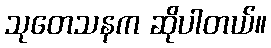
သုတေသနက ဆိုပါတယ်။